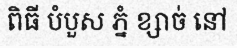
ពិធី បំបួស ភ្នំ ខ្សាច់ នៅ